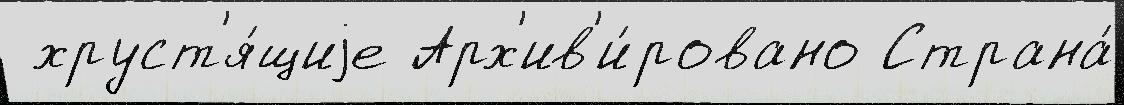
 хруст'я́щиjе Арх'ив'и́ровано Страна́